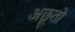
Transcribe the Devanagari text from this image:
अछूतो